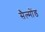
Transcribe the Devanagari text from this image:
सैल्मोंड